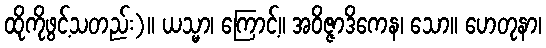
ထိုကိုဖွင့်သတည်း)။ ယသ္မာ၊ ကြောင့်။ အဝိဇ္ဇာဒိကေန၊ သော။ ဟေတုနာ၊